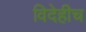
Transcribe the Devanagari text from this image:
विदेहीच